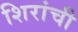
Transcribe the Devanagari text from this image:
शिरांची